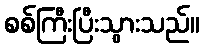
စစ်ကြီးပြီးသွားသည်။